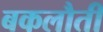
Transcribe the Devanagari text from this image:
बकलौती